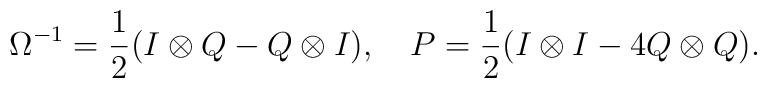
\Omega^{-1}= \frac{1}{2}(I\otimes Q-Q\otimes I), ~~~ P=\frac{1}{2}(I\otimes I-4 Q\otimes Q).